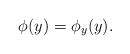
LaTeX: \begin{align*}\phi(y)=\phi_{y}(y). \end{align*}